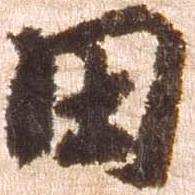
田